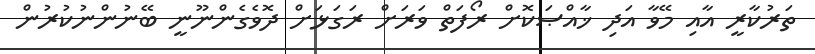
ތަރުކާރީ އާއި މޭވާ އަދި ޚާއްޞަކޮށް ރޯފަތް ވަރަށް ރަގަޅަށް ދޮވެގެންނޫނީ ބޭނުންނުކުރުން